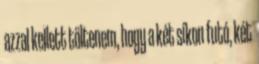
azzal kellett töltenem, hogy a két síkon futó, két